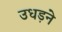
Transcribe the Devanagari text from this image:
उधड़ने